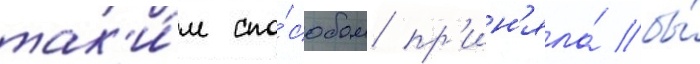
так'и́м спо́собом пр'ин'яла́ бы́